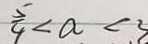
\frac { 5 } { 4 } < a < 3